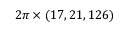
2 \pi \times ( 1 7 , 2 1 , 1 2 6 )